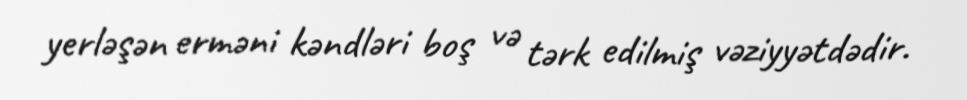
yerləşən erməni kəndləri boş və tərk edilmiş vəziyyətdədir.